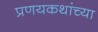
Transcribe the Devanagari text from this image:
प्रणयकथांच्या